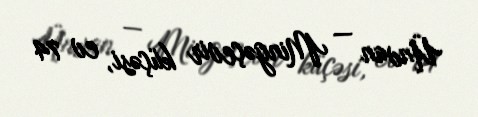
Ünvan — Mingəçevir küçəsi, ev 74